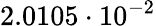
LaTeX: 2.0105\cdot 10^{-2}